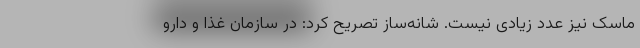
ماسک نیز عدد زیادی نیست. شانه‌ساز تصریح کرد: در سازمان غذا و دارو